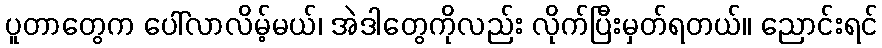
ပူတာတွေက ပေါ်လာလိမ့်မယ်၊ အဲဒါတွေကိုလည်း လိုက်ပြီးမှတ်ရတယ်။ ညောင်းရင်